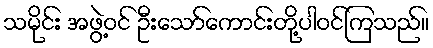
သမိုင်း အဖွဲ့ဝင် ဦးသော်ကောင်းတို့ပါဝင်ကြသည်။